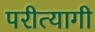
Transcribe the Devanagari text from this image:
परीत्यागी